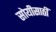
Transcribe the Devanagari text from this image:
सोयीसाठीं